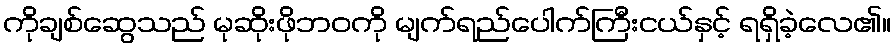
ကိုချစ်ဆွေသည် မုဆိုးဖိုဘဝကို မျက်ရည်ပေါက်ကြီးငယ်နှင့် ရရှိခဲ့လေ၏။